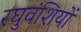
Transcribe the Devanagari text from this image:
रघुवंशियों